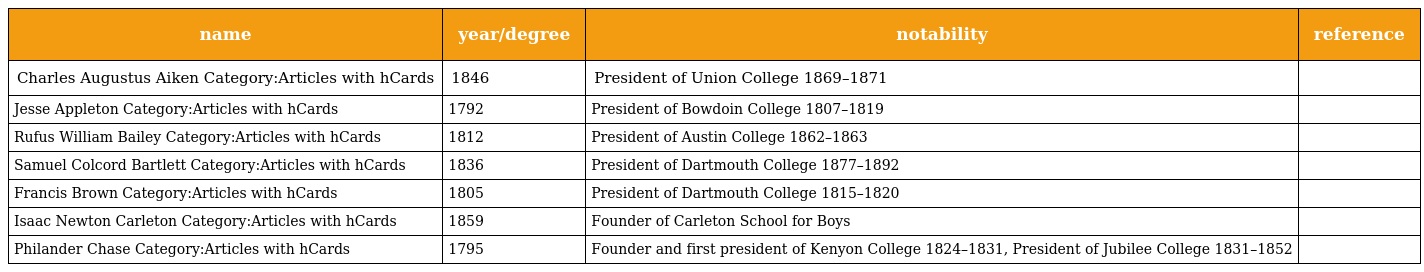
| name | year/degree | notability | reference |
 | --- | --- | --- | --- |
 | Charles Augustus Aiken Category:Articles with hCards | 1846 | President of Union College 1869–1871 |  |
 | Jesse Appleton Category:Articles with hCards | 1792 | President of Bowdoin College 1807–1819 |  |
 | Rufus William Bailey Category:Articles with hCards | 1812 | President of Austin College 1862–1863 |  |
 | Samuel Colcord Bartlett Category:Articles with hCards | 1836 | President of Dartmouth College 1877–1892 |  |
 | Francis Brown Category:Articles with hCards | 1805 | President of Dartmouth College 1815–1820 |  |
 | Isaac Newton Carleton Category:Articles with hCards | 1859 | Founder of Carleton School for Boys |  |
 | Philander Chase Category:Articles with hCards | 1795 | Founder and first president of Kenyon College 1824–1831, President of Jubilee College 1831–1852 |  |